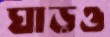
ঘাড়ও